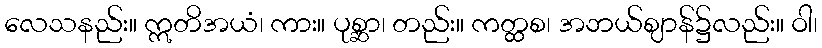
လေသနည်း။ ဣတိအယံ၊ ကား။ ပုစ္ဆာ၊ တည်း။ ကတ္ထစ၊ အဘယ်ဈာန်၌လည်း။ ဝါ၊